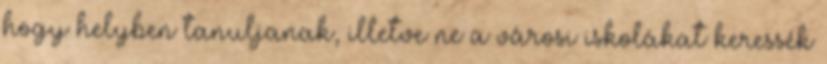
hogy helyben tanuljanak, illetve ne a városi iskolákat keressék